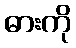
ဓားကို